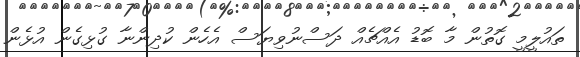
ތައުލީމީ ގޮތުން މާ ބޮޑު އެއްޗެއް ދަސްނުވިޔަސް އެހެން ކުދިންނާ ގުޅިގެން އުޅެން